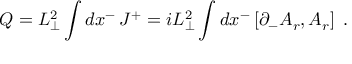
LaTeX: Q = L _ { \perp } ^ { 2 } \int d x ^ { - } \, J ^ { + } = i L _ { \perp } ^ { 2 } \int d x ^ { - } \left[ \partial _ { - } A _ { r } , A _ { r } \right] \; .